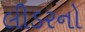
લીડરનો